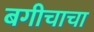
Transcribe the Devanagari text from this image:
बगीचाचा